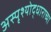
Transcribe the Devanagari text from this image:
अस्पृश्योद्धाराच्या